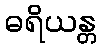
ဓရိယန္တ